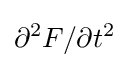
\partial ^{2}F/\partial t^{2}